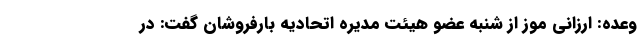
وعده: ارزانی موز از شنبه عضو هیئت مدیره اتحادیه بارفروشان گفت: در